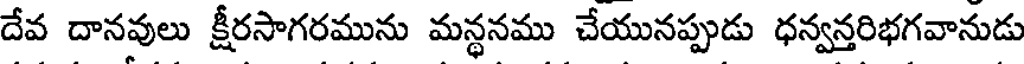
దేవ దానవులు క్షీరసాగరమును మన్థనము చేయునప్పుడు ధన్వన్తరిభగవానుడు